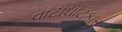
વાટાઘાટકાર